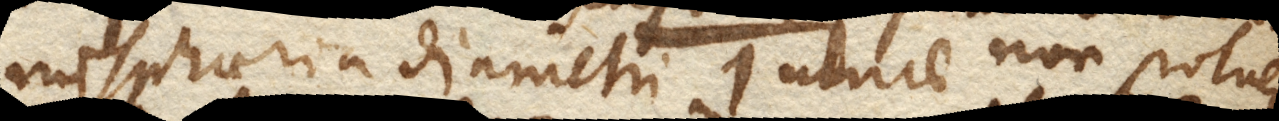
misphaeria diametri 1 ulnae non potuere